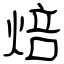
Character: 焙